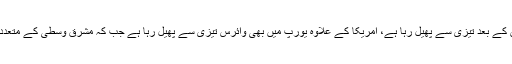
امریکا کا شمار اس وقت ایسے خطے میں ہے جہاں کورونا وائرس چین کے بعد تیزی سے پھیل رہا ہے، امریکا کے علاوہ یورپ میں بھی وائرس تیزی سے پھیل رہا ہے جب کہ مشرق وسطیٰ کے متعدد ممالک میں بھی وائرس کے تیزی سے پھیلنے کو نوٹ کیا جا رہا ہے۔